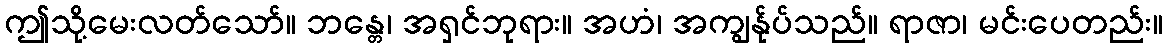
ဤသို့မေးလတ်သော်။ ဘန္တေ၊ အရှင်ဘုရား။ အဟံ၊ အကျွန်ုပ်သည်။ ရာဇာ၊ မင်းပေတည်း။